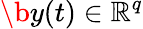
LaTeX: \b{y}(t)\in\mathbb{R}^{q}